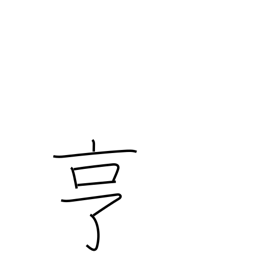
Meaning: go smoothly